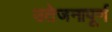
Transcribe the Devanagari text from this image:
उतेजनापूर्ण